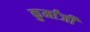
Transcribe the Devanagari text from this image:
कुर्मांजी